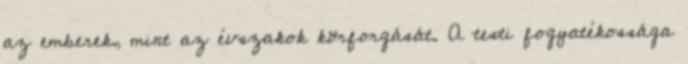
az emberek, mint az évszakok körforgását. A testi fogyatékossága